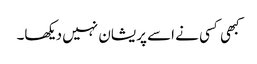
کبھی کسی نے اسے پریشان نہیں دیکھا۔